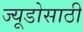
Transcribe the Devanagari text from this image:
ज्यूडोसाठी